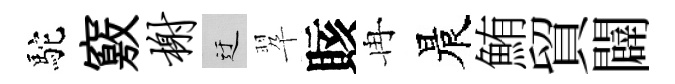
駝竅榭迂翆賅冉晨鮪貿闢